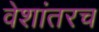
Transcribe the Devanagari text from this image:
वेशांतरच